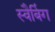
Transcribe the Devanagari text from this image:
स्वैबिंग